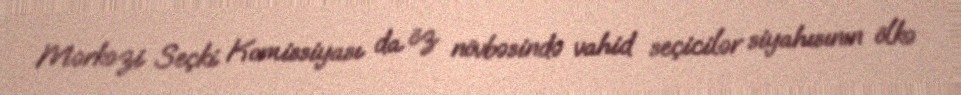
Mərkəzi Seçki Komissiyası da öz növbəsində vahid seçicilər siyahısının ölkə